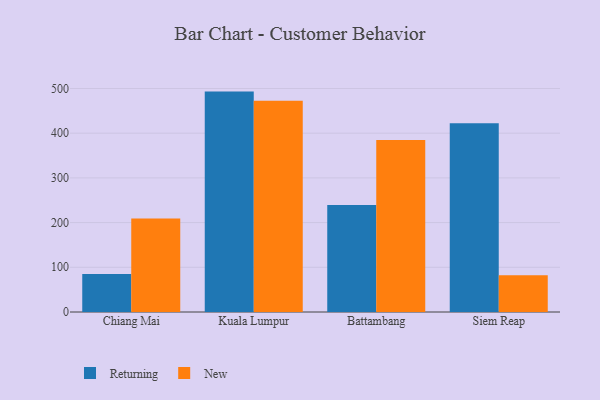
{"axis": {"x": "City", "y": "Website Visitors"}, "legend": ["New", "Returning"], "data": [{"x": "Chiang Mai", "y": 85.2, "type": "Returning"}, {"x": "Chiang Mai", "y": 209.0, "type": "New"}, {"x": "Kuala Lumpur", "y": 493.0, "type": "Returning"}, {"x": "Kuala Lumpur", "y": 472.5, "type": "New"}, {"x": "Battambang", "y": 239.5, "type": "Returning"}, {"x": "Battambang", "y": 384.6, "type": "New"}, {"x": "Siem Reap", "y": 422.1, "type": "Returning"}, {"x": "Siem Reap", "y": 82.2, "type": "New"}]}